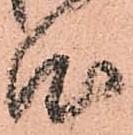
心